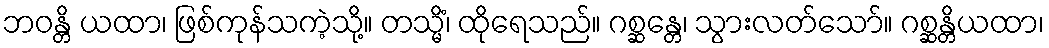
ဘဝန္တိ ယထာ၊ ဖြစ်ကုန်သကဲ့သို့။ တသ္မိံ၊ ထိုရေသည်။ ဂစ္ဆန္တေ၊ သွားလတ်သော်။ ဂစ္ဆန္တိယထာ၊